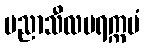
ပညာသီလပရက္ကမံ